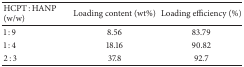
<table><thead><tr><td><b>HCPT : HANP (w/w)</b></td><td><b>Loading content (wt%)</b></td><td><b>Loading efficiency (%)</b></td></tr></thead><tbody><tr><td>1 : 9</td><td>8.56</td><td>83.79</td></tr><tr><td>1 : 4</td><td>18.16</td><td>90.82</td></tr><tr><td>2 : 3</td><td>37.8</td><td>92.7</td></tr></tbody></table>